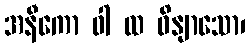
အနီကော ဝါ ထ ဝိနျာသော၊